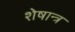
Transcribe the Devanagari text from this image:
शेषान्त्र